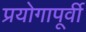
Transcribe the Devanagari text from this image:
प्रयोगापूर्वी